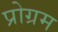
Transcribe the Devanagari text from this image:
प्रोग्रम